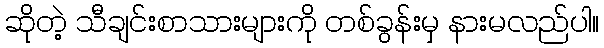
ဆိုတဲ့ သီချင်းစာသားများကို တစ်ခွန်းမှ နားမလည်ပါ။